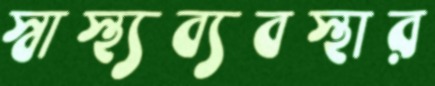
স্বাস্থ্যব্যবস্থার